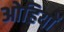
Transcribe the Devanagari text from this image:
ओहियों